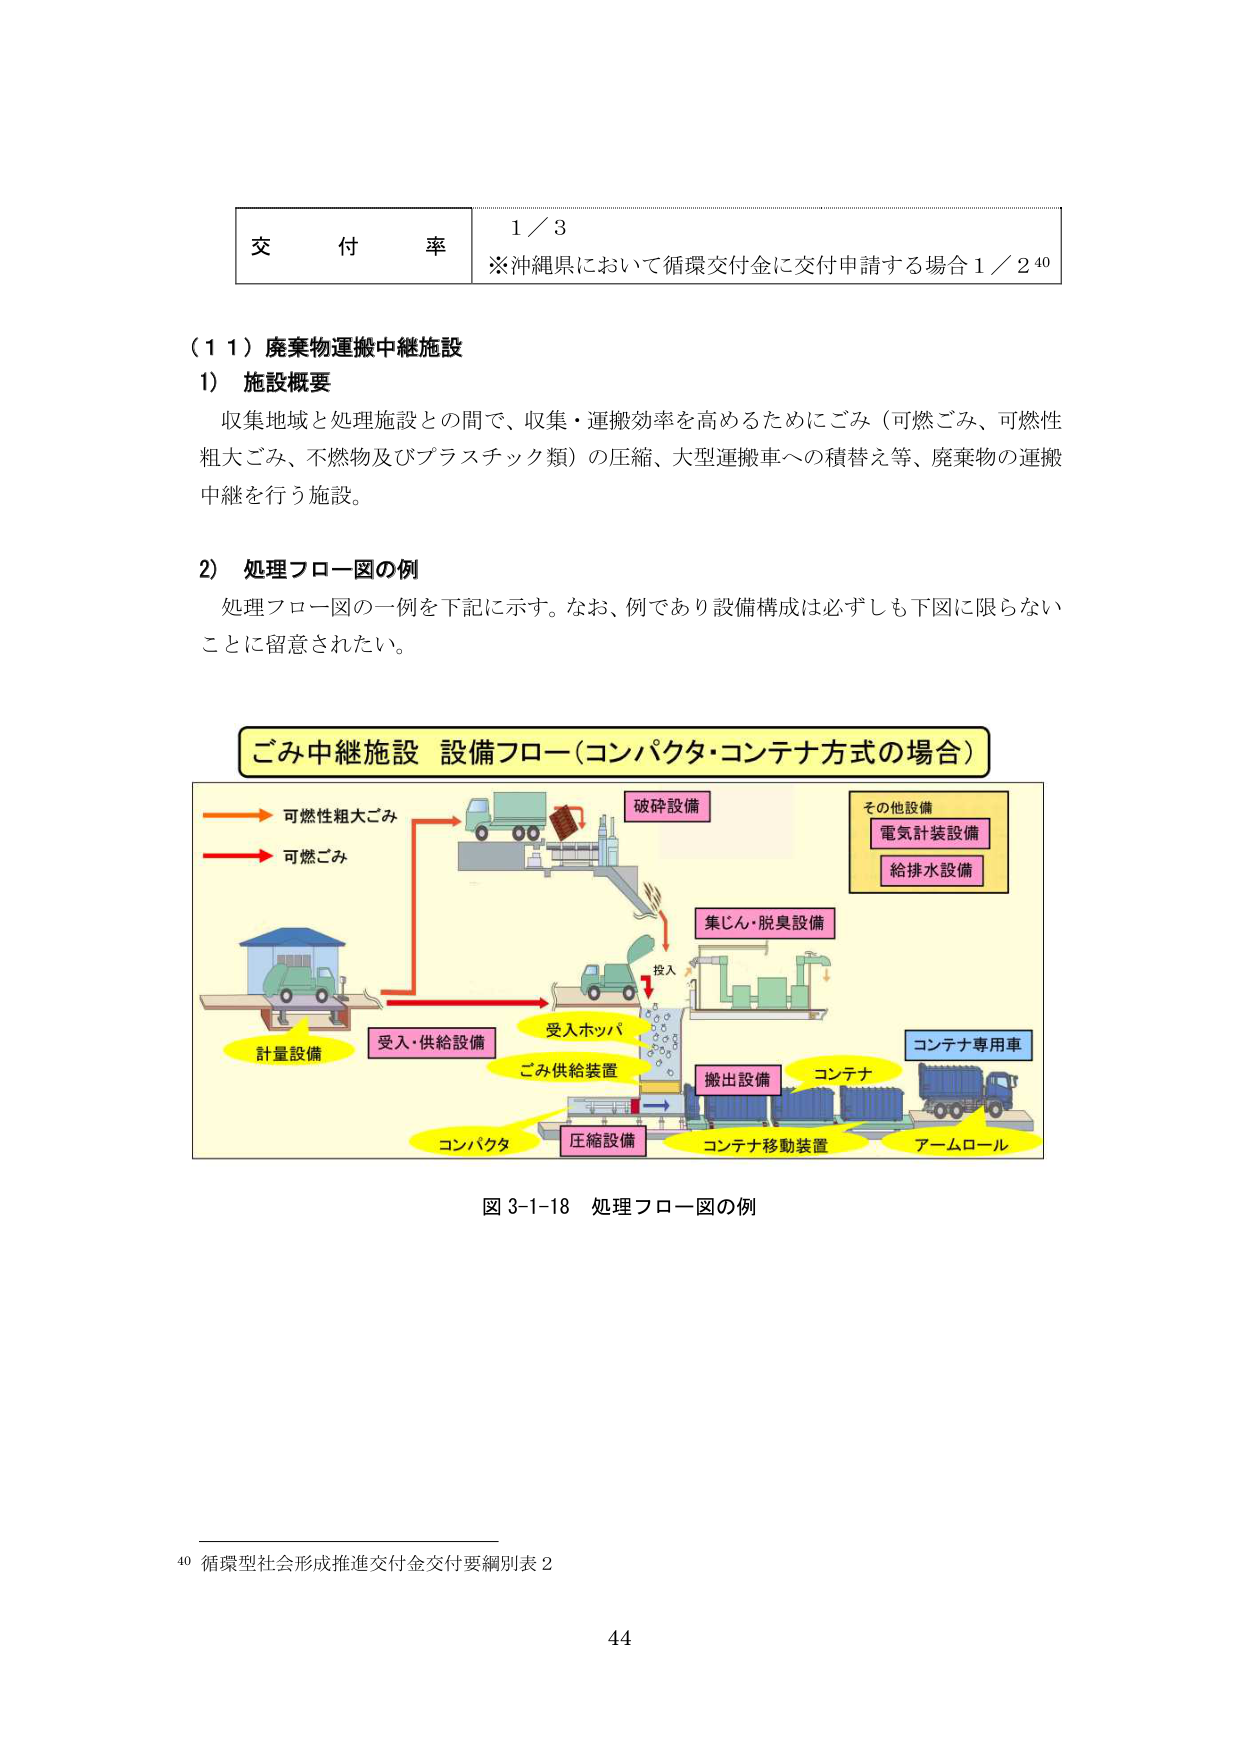
交 付 率 1／3
※沖縄県において循環交付金に交付申請する場合 1／2 40

（１１）廃棄物運搬中継施設
1） 施設概要
収集地域と処理施設との間で、収集・運搬効率を高めるためにごみ（可燃ごみ、可燃性粗大ごみ、不燃物及びプラスチック類）の圧縮、大型運搬車への積替え等、廃棄物の運搬中継を行う施設。

2） 処理フロー図の例
処理フロー図の一例を下記に示す。なお、例であり設備構成は必ずしも下図に限らないことに留意されたい。

ごみ中継施設 設備フロー（コンパクタ・コンテナ方式の場合）
可燃性粗大ごみ
可燃ごみ
計量設備
受入・供給設備
コンパクタ
圧縮設備
ごみ供給装置
受入ホッパ
投入
破砕設備
集じん・脱臭設備
搬出設備
コンテナ
コンテナ移動装置
アームロール
コンテナ専用車
その他設備
電気計装設備
給排水設備

図 3-1-18 処理フロー図の例

40 循環型社会形成推進交付金交付要綱別表 2
44